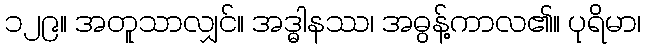
၁၂၉။ အတူသာလျှင်။ အဒ္ဓါနဿ၊ အဓွန့်ကာလ၏။ ပုရိမာ၊